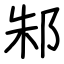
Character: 邾